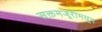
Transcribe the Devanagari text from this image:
सक्तमजूरीमधून